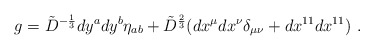
\begin{align*}g={\tilde D}^{-{{1}\over{3}}}dy^a dy^b\eta_{ab}+{\tilde D}^{{{2}\over{3}}}(dx^\mu dx^\nu\delta_{\mu\nu}+dx^{11}dx^{11}) \ . \end{align*}